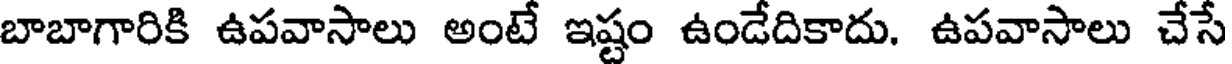
బాబాగారికి ఉపవాసాలు అంటే ఇష్టం ఉండేదికాదు. ఉపవాసాలు చేసే